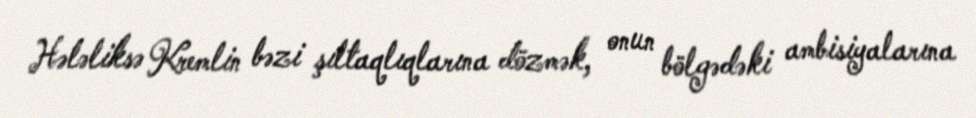
Hələliksə Kremlin bəzi şıltaqlıqlarına dözmək, onun bölgədəki ambisiyalarına